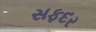
સફદર